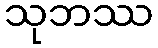
သုဘဿ